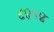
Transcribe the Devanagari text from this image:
८४१४